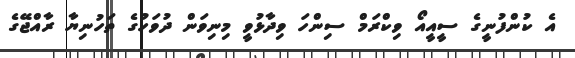
އެ ކުންފުނީގެ ސީއީއޯ ވިކްރަމް ސިންހަ ވިދާޅުވީ މިނިވަން ދުވަހުގެ ތަހުނިޔާ ރާއްޖޭގެ